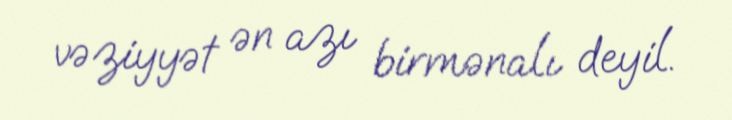
vəziyyət ən azı birmənalı deyil.